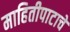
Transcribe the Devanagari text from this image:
माहितीपाटाचे